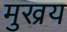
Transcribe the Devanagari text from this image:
मुख्रय